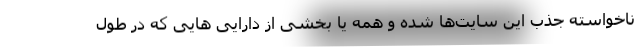
ناخواسته جذب این سایت‌ها شده و همه یا بخشی از دارایی هایی که در طول